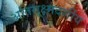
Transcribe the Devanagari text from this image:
अतिसूक्ष्मदर्शीय